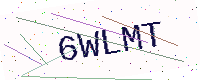
Text: 6WLMT